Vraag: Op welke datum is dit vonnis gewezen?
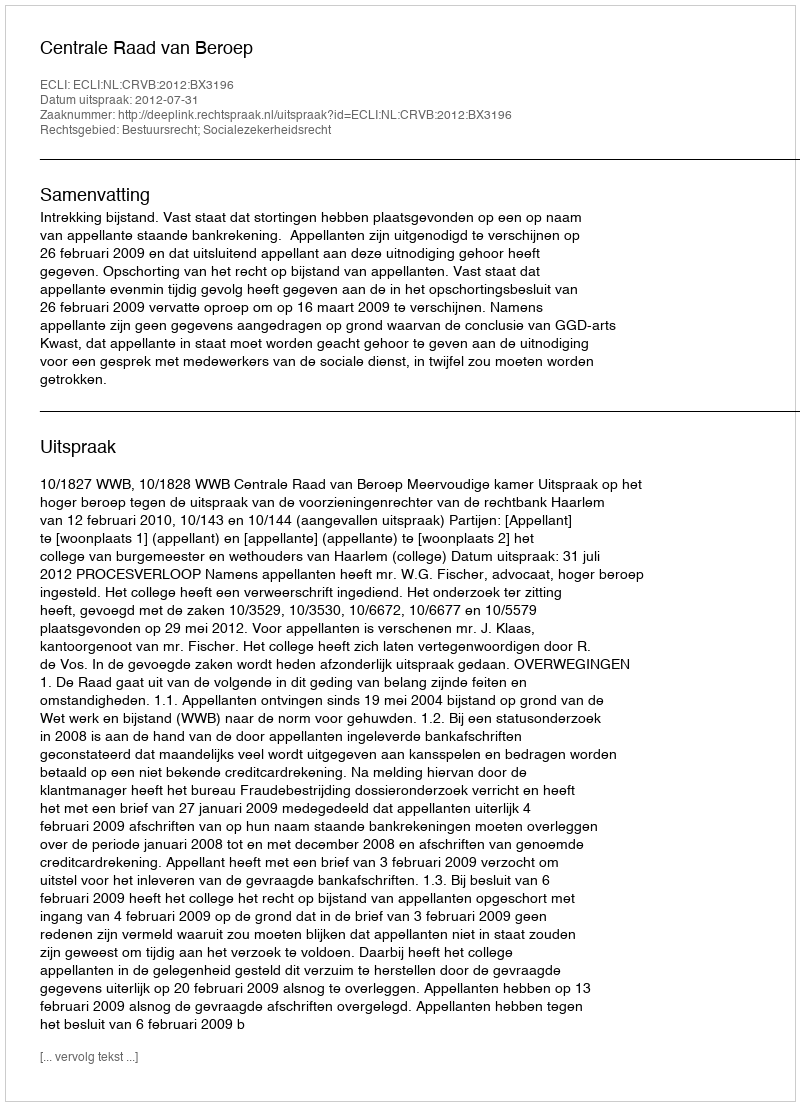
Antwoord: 2012-07-31